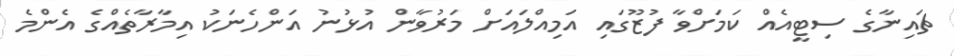
ޗައިނާގެ ސިޓީއެއް ކަމަށްވާ ފުޒޫގައި އަމިއްލައަށް މަރުވާން އުޅުނު އަންހެނަކު އިމާރާތެއްގެ އެންމެ